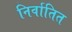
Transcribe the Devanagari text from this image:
निर्वातित